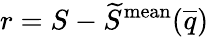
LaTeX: r=S-\widetilde{S}^{\mathrm{mean}}(\overline{{q}})